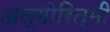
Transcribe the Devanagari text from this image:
अल्गोरित्मी